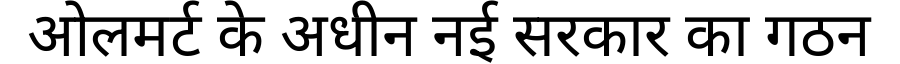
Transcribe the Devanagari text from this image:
ओलमर्ट के अधीन नई सरकार का गठन